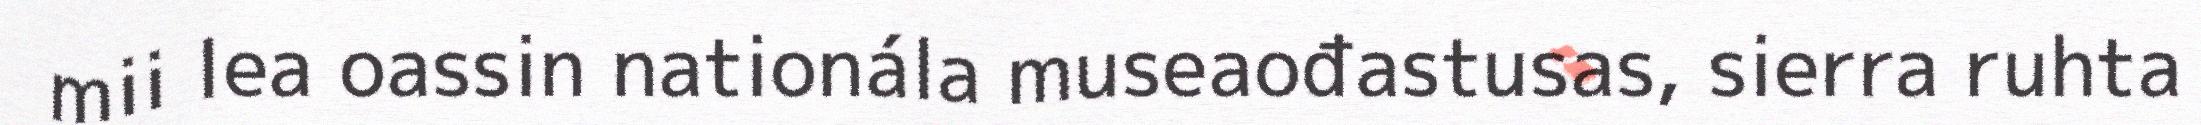
mii lea oassin nationála museaođastusas, sierra ruhta